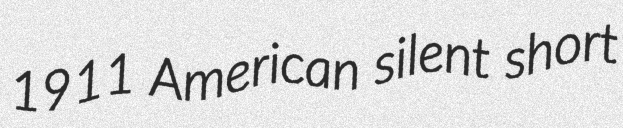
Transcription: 1911 American silent short